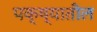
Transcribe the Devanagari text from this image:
पक्ष्यातील